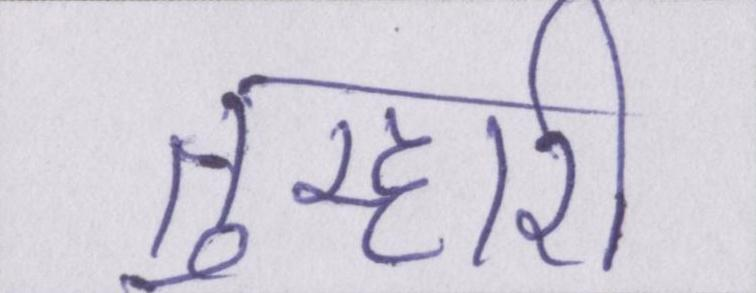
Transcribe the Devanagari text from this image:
तुम्हारी